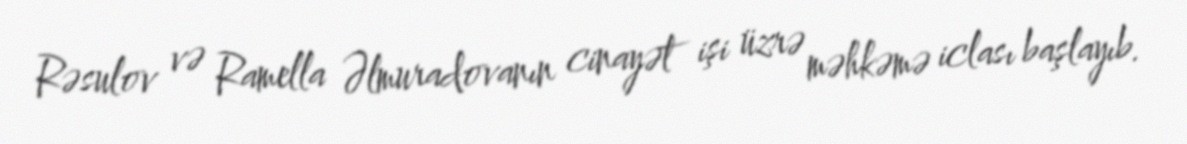
Rəsulov və Ramella Əlmuradovanın cinayət işi üzrə məhkəmə iclası başlayıb.